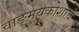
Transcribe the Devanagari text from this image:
वाङ्मयकोशाचे